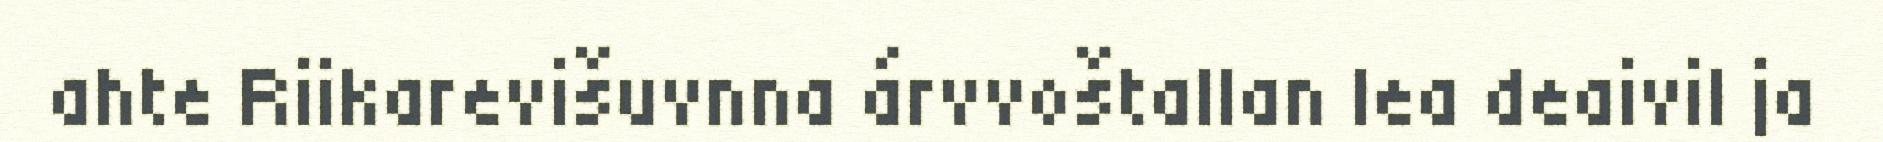
ahte Riikarevišuvnna árvvoštallan lea deaivil ja